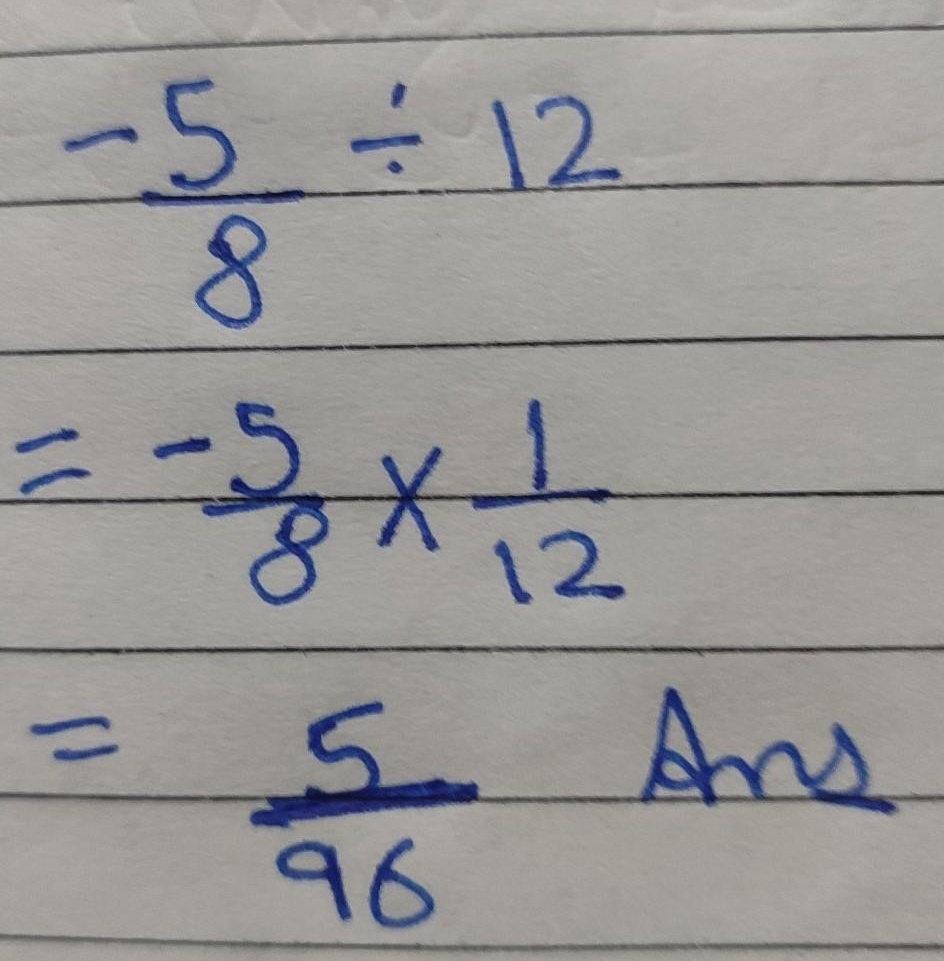
\[
\begin{align*}
-\frac{5}{8}\div12&=-\frac{5}{8}\times\frac{1}{12}\\
&=-\frac{5}{96} \quad \text{Ans}
\end{align*}
\]